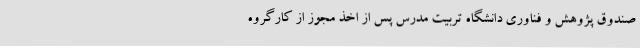
صندوق پژوهش و فناوری دانشگاه تربیت مدرس پس از اخذ مجوز از کارگروه